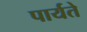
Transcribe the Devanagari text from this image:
पार्यते